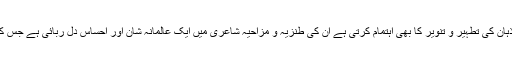
ان کی ظریفانہ شاعری نہ صرف دلوں کو تازگی اور مسرت کے احساس سے سرشار کرتی ہے بلکہ اذہان کی تطہیر و تنویر کا بھی اہتمام کرتی ہے ان کی طنزیہ و مزاحیہ شاعری میں ایک عالمانہ شان اور احساس دل ربائی ہے جس کے معجز نما اثر سے انسانی شعور کو ترفع نصیب ہو تا ہے اور قاری اس سے گہر اثر قبول کرتا ہے۔